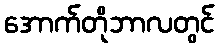
အောက်တိုဘာလတွင်